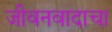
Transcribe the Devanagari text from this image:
जीवनवादाचा